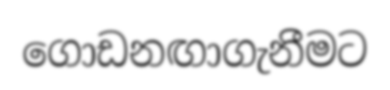
ගොඩනඟාගැනීමට